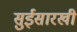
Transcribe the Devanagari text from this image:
सुईसारखी